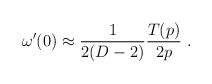
LaTeX: \begin{align*}\omega^\prime(0)\approx{1 \over {2(D-2)}}{T(p)\over {2p}}~.\end{align*}